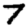
Digit: 7